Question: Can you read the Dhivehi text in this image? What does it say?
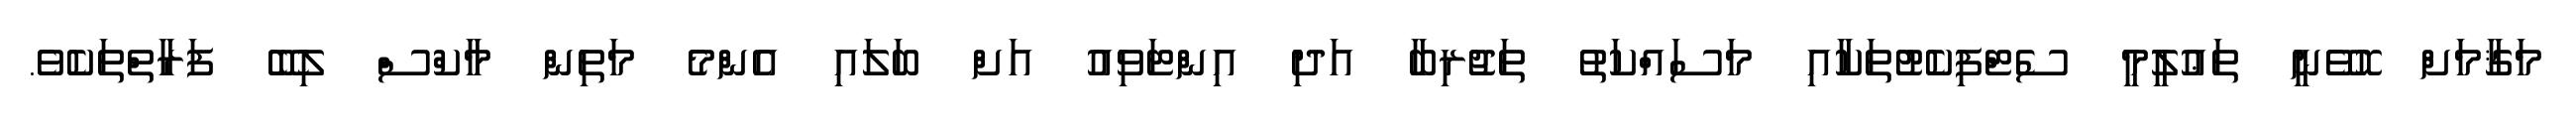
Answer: މަޤާމަށް ހޮވޭނީ ތަޢުލީމީ ސެޓްފިކެޓުތަކާއި މަސައްކަތު ތަޖުރިބާ އަދި އިންޓަވިއު އަށް ބަލައި އެންމެ މަތިން މާކްސް ލިބޭ ފަރާތްތަކެވެ.